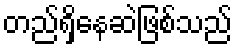
တည်ရှိနေဆဲဖြစ်သည်